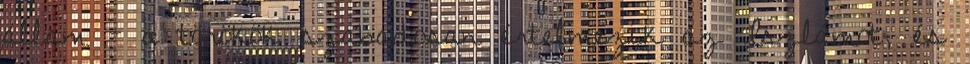
állam - a törökök szabadosan értelmezik az Iszlámot, és